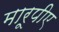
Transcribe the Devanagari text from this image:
मारूपीए